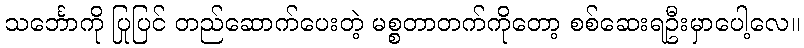
သင်္ဘောကို ပြုပြင် တည်ဆောက်ပေးတဲ့ မစ္စတာတက်ကိုတော့ စစ်ဆေးရဦးမှာပေါ့လေ။